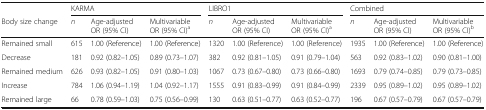
|  | <COLSPAN=3> KARMA | <COLSPAN=3> LIBRO1 | <COLSPAN=3> Combined |
 | Body size change | n | Age-adjustedOR (95% CI) | MultivariableOR (95% CI)a | n | Age-adjustedOR (95% CI) | MultivariableOR (95% CI)a | n | Age-adjustedOR (95% CI) | MultivariableOR (95% CI)b |
 | --- | --- | --- | --- | --- | --- | --- | --- | --- | --- |
 | Remained small | 615 | 1.00 (Reference) | 1.00 (Reference) | 1320 | 1.00 (Reference) | 1.00 (Reference) | 1935 | 1.00 (Reference) | 1.00 (Reference) |
 | Decrease | 181 | 0.92 (0.82–1.05) | 0.89 (0.73–1.07) | 382 | 0.92 (0.81–1.05) | 0.91 (0.79–1.04) | 563 | 0.92 (0.83–1.02) | 0.90 (0.81–1.00) |
 | Remained medium | 626 | 0.93 (0.82–1.05) | 0.91 (0.80–1.03) | 1067 | 0.73 (0.67–0.80) | 0.73 (0.66–0.80) | 1693 | 0.79 (0.74–0.85) | 0.79 (0.73–0.85) |
 | Increase | 784 | 1.06 (0.94–1.19) | 1.04 (0.92–1.17) | 1555 | 0.91 (0.83–0.99) | 0.91 (0.84–0.99) | 2339 | 0.95 (0.89–1.02) | 0.95 (0.89–1.02) |
 | Remained large | 66 | 0.78 (0.59–1.03) | 0.75 (0.56–0.99) | 130 | 0.63 (0.51–0.77) | 0.63 (0.52–0.77) | 196 | 0.67 (0.57–0.79) | 0.67 (0.57–0.79) |